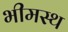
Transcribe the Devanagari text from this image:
भीमस्थ